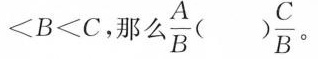
< B < C$$，那么\frac{A}{B} ( ) \frac{C}{B}。